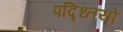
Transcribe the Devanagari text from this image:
पद्ध्तियों